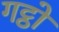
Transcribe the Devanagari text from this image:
गट्ठो